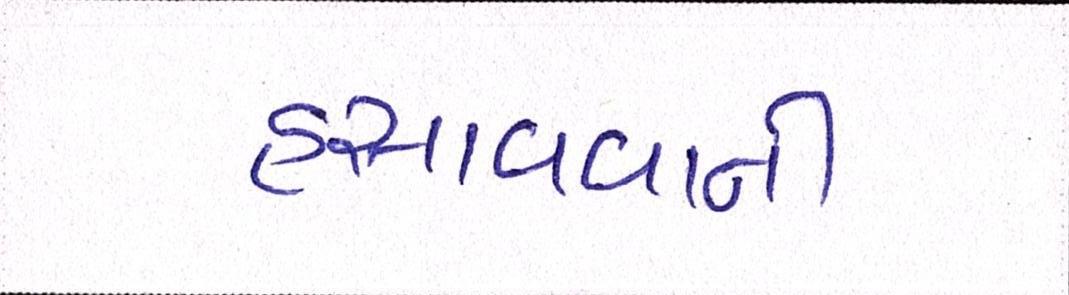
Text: હસાવવાની